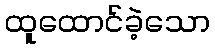
ထူထောင်ခဲ့သော